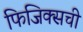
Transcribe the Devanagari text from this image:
फिजिक्सची